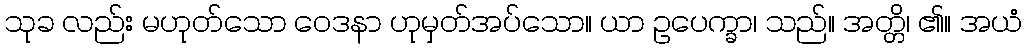
သုခ လည်း မဟုတ်သော ဝေဒနာ ဟုမှတ်အပ်သော။ ယာ ဥပေက္ခာ၊ သည်။ အတ္တိ၊ ၏။ အယံ